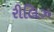
રીલિઝ